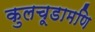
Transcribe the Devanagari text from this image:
कुलचूडामणि